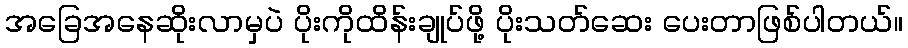
အခြေအနေဆိုးလာမှပဲ ပိုးကိုထိန်းချုပ်ဖို့ ပိုးသတ်ဆေး ပေးတာဖြစ်ပါတယ်။